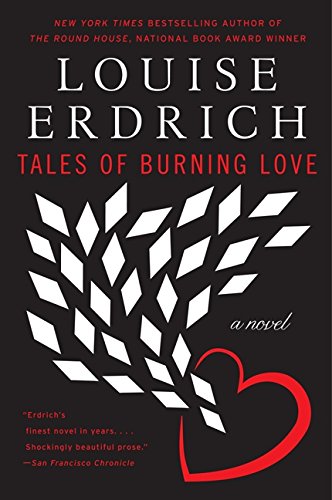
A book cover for Tales of Burning Love: A Novel; Louise Erdrich; Literature & Fiction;